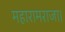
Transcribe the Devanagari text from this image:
महारामराजा।